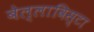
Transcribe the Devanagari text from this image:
बेल्लाविस्टा